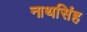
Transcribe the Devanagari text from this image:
नाथसिंह